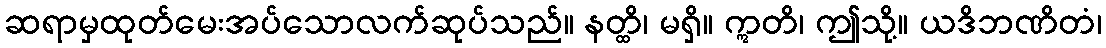
ဆရာမှထုတ်မေးအပ်သောလက်ဆုပ်သည်။ နတ္ထိ၊ မရှိ။ ဣတိ၊ ဤသို့။ ယဒိဘဏိတံ၊